Civil Veterinary Department. United Provinces 1923-31 - 1923-1931
Year: 1923
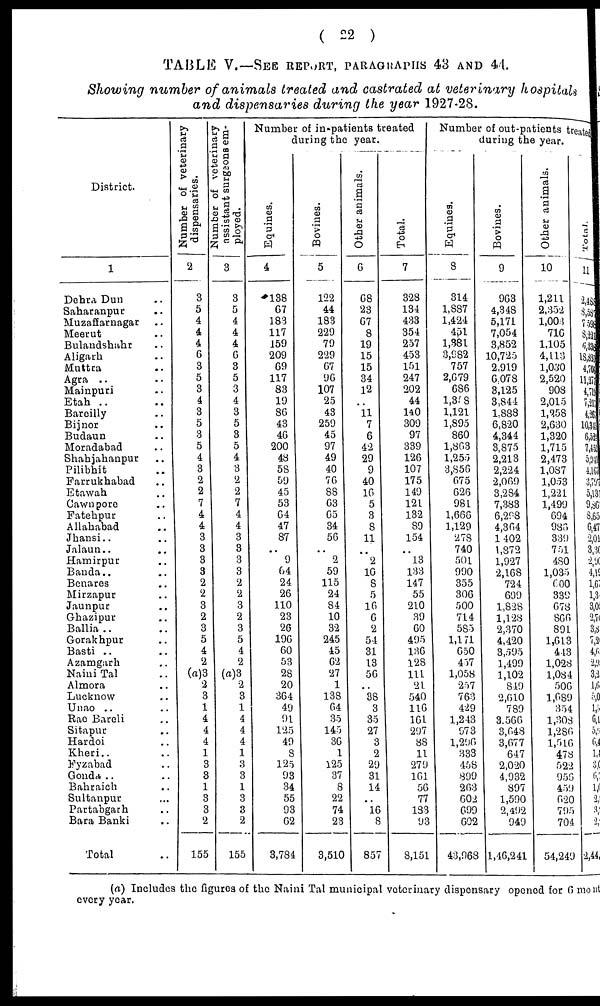
( 22 )
TABLE V.—SEE REPORT, PATAGRAPHS 43 AND 44.
Showing number of animals treated and castrated at veterinary hospitals
and dispensaries during the year 1927-28.
District.
1
Dehra Dun ..
Saharanpur ..
Muzaffarnagar
..
Meerut ..
Bulandshahr ..
Aligarh ..
Muttra ..
Agra .. ..
Mainpuri ..
Etah .. ..
Baroilly ..
Bijnor ..
Budaun ..
Moradabad ..
Shahjahanpur ..
Pilibbit ..
Farrukhabad ..
Etawah ..
Cawnpore ..
Fatehpur ..
Allahabad ..
Jhansi.. ..
Jalaun.. ..
Hamirpur ..
Banda.. ..
Benares
Mirzapur ..
Jaunpur
..
Ghazipur ..
Ballia .. ..
Gorakhpur ..
Basti .. ..
Azamgarh ..
Naini Tal ..
Almora ..
Lucknow ..
Unao .. ..
Rae Bareli ..
Sitapur ..
Hardoi ..
Kheri.. ..
Fyzabad ..
Gonda .. ..
Bahraich ..
Sultanpur ..
Partabgarh ..
Bara Banki ..
Total ..
Number of veterinary
dispensaries.
2
3
5
4
4
4
6
3
5
3
4
3
5
3
5
4
3
2
2
7
4
4
3
3
3
3
2
2
3
2
3
5
4
9
(a)3
2
3
1
4
4
4
1
1
3
1
1
3
2
155
Number of veterinary
assistant
surgeons em-
ployed.
3
3
5
4
4
4
6
5
3
4
3
5
3
5
4
3
2
2
7
4
4
3
3
3
3
2
2
3
2
3
5
4
2
(a)3
2
3
1
4
4
4
1
1
3
1
3
3
2
155
Number of in-patients treated
during the year.
Equines.
4
188
67
183
117
159
209
69
117
83
19
86
43
46
200
48
58
59
45
53
64
47
87
..
9
64
24
26
110
23
26
196
60
53
28
20
364
49
91
125
49
8
125
93
34
55
93
62
3,784
Bovines.
5
122
44
183
229
79
229
67
96
107
25
43
259
45
97
49
40
76
88
63
65
34
56
..
2
59
115
24
84
10
32
245
45
62
27
1
138
64
35
145
36
1
125
37
8
22
74
23
3,510
Other
animals.
6
68
23
67
8
19
15
15
34
12
..
11
7
6
42
29
9
40
16
5
3
8
11
..
2
10
8
5
16
6
9
54
31
13
56
..
88
3
35
27
3
2
29
31
14
..
16
8
857
Total.
7
328
134
433
354
257
453
151
247
202
44
140
309
97
339
126
107
175
149
121
132
89
154
..
13
133
147
55
210
39
60
495
136
128
111
21
540
116
161
297
88
11
279
161
56
77
183
93
8,151
Number of out-patients treate
during the year.
Equines.
8
814
1,887
1,424
451
1,881
3,982
757
2,679
686
1,388
1,121
1,895
860
1,803
1,255
3,856
675
626
981
1,666
1,129
278
740
501
990
355
306
500
714
585
1,171
650
457
1,058
257
763
429
1,243
973
1,296
383
458
899
268
602
699
602
43,968
Bovines.
9
963
4,348
5,171
7,054
3,852
10,725
2,919
6,078
3,125
3,844
1,888
6,820
4,344
8,875
2,213
2,224
2,069
3,284
7,383
6,298
4,364
1,402
t,872
1,927
2,168
724
699
1,828
1,128
2,370
4,420
3,595
1,499
1,102
849
2,610
789
3.566
3,648
3,677
647
2,020
4,932
897
1,590
2,492
949
1,46,241
Other animals.
10
1,211
2,352
1,003
716
1,105
4,113
1,030
2,520
908
2,015
1,358
2,630
1,320
1,715
2,473
1,087
1,053
1,221
1,499
694
986
339
751
480
1,035
600 339
678
866
891
1,613
443
1,028
1,084
506
1,689
354
1,308
1,286
1,516
478
522
956
459
620
795
704
54,249
Total.
11
2,48
3,58
759
8,3
5,33
18
4,7
11,55
4,7
7, 4, 23
10
6, 1,4
5,94
4,1
3,79
5,131
9,3 8,65
6,47
2,01
3,30
2,90
4,19
1,6;
1,3
3,00
2,7
3,8
7,2
4,60
2,
3,
1, 6
5, 0
1,
6
5,9
6,
1
3
6
1,
2
3
2
2,44
(a) Includes the figures of the Naini Tal municipal veterinary dispensary opened for 6 mouth
every year.